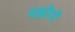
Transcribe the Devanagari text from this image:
वझीरी